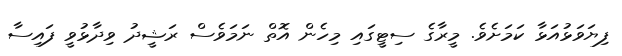
ފިޔަވަޅުއަޅާ ކަމަށެވެ. މީރާގެ ސިޓީގައި މިހެން އޮތް ނަމަވެސް ރަޝީދު ވިދާޅުވީ ފައިސާ